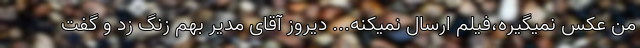
من عکس نمیگیره،فیلم ارسال نمیکنه... دیروز آقای مدیر بهم زنگ زد و گفت